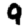
Digit: 9